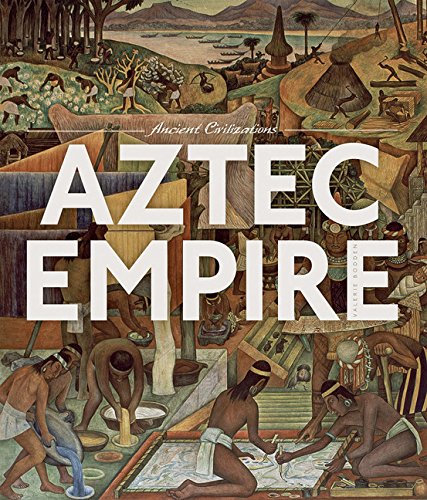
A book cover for Ancient Civilization: Aztec Empire; Valerie Bodden; History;